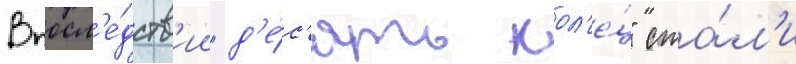
Впосл'е́дств'ии "д'е́с'ять кол'е́ц" ста́л'и